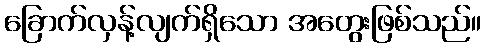
ခြောက်လှန့်လျက်ရှိသော အတွေးဖြစ်သည်။